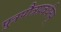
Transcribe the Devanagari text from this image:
पुत्रपौत्रप्रवर्धनम्